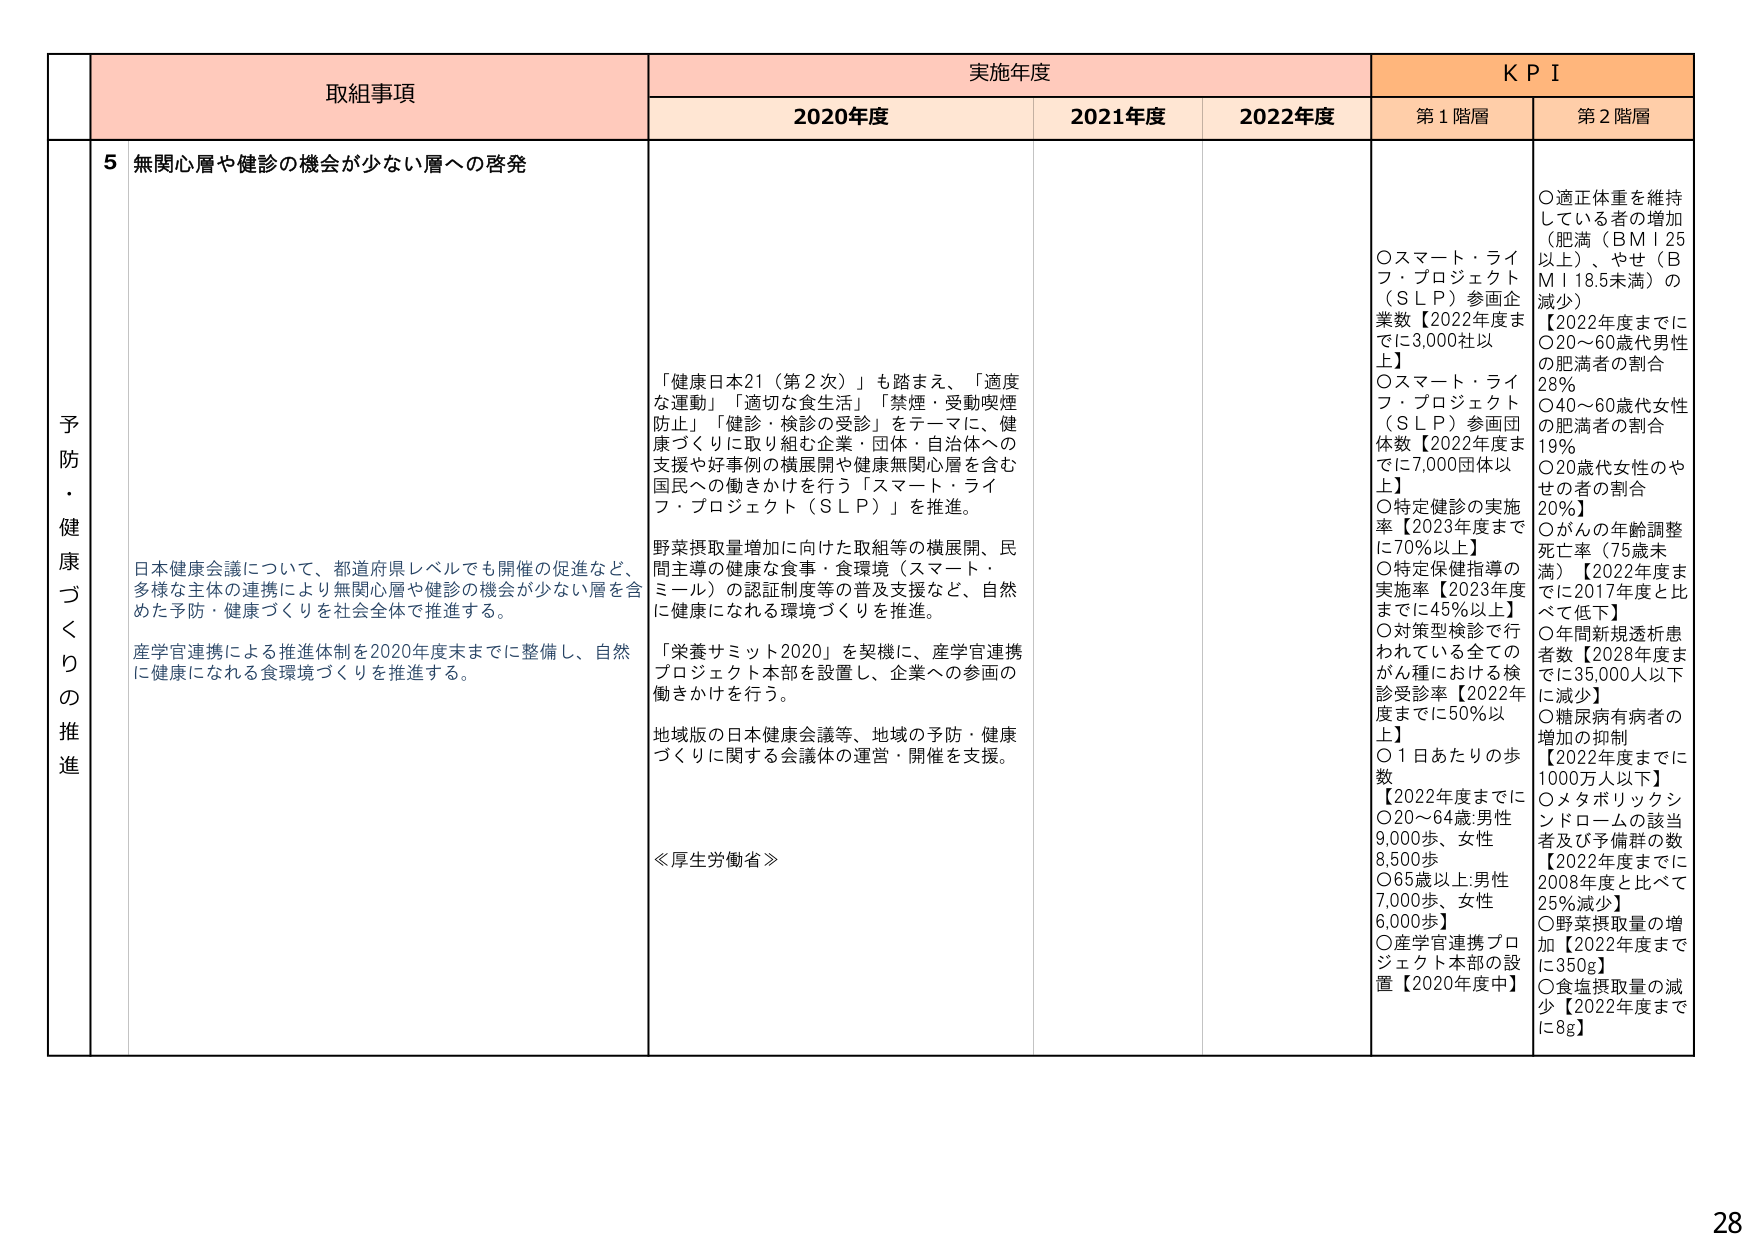
予防・健康づくりの推進

取組事項
5 無関心層や健診の機会が少ない層への啓発

日本健康会議について、都道府県レベルでも開催の促進など、
多様な主体の連携により無関心層や健診の機会が少ない層を含
めた予防・健康づくりを社会全体で推進する。

産学官連携による推進体制を2020年度末までに整備し、自然
に健康になれる食環境づくりを推進する。

「健康日本21（第2次）」も踏まえ、「適度
な運動」「適切な食生活」「禁煙・受動喫煙
防止」「健診・検診の受診」をテーマに、健
康づくりに取り組む企業・団体・自治体への
支援や好事例の横展開や健康無関心層を含む
国民への働きかけを行う「スマート・ライ
フ・プロジェクト（ＳＬＰ）」を推進。

野菜摂取量増加に向けた取組等の横展開、民
間主導の健康な食事・食環境（スマート・
ミール）の認証制度等の普及支援など、自然
に健康になれる環境づくりを推進。

「栄養サミット2020」を契機に、産学官連携
プロジェクト本部を設置し、企業への参画の
働きかけを行う。

地域版の日本健康会議等、地域の予防・健康
づくりに関する会議体の運営・開催を支援。

≪厚生労働省≫

実施年度
2020年度
2021年度
2022年度

ＫＰＩ
第1階層
〇スマート・ライフ・プロジェクト（ＳＬＰ）参画企業数【2022年度までに3,000社以上】
〇スマート・ライフ・プロジェクト（ＳＬＰ）参画団体数【2022年度までに7,000団体以上】
〇特定健診の実施率【2023年度までに70％以上】
〇特定保健指導の実施率【2023年度までに45％以上】
〇対策型検診で行われている全てのがん種における検診受診率【2022年度までに50％以上】
〇1日あたりの歩数【2022年度までに〇20～64歳:男性9,000歩、女性8,500歩〇65歳以上:男性7,000歩、女性6,000歩】
〇産学官連携プロジェクト本部の設置【2020年度中】

第2階層
〇適正体重を維持している者の増加（肥満（ＢＭＩ25以上）、やせ（ＢＭＩ18.5未満）の減少）
【2022年度までに〇20～60歳代男性の肥満者の割合28％〇40～60歳代女性の肥満者の割合19％〇20歳代女性のやせの者の割合20％】
〇がんの年齢調整死亡率（75歳未満）【2022年度までに2017年度と比べて低下】
〇年間新規透析患者数【2028年度までに35,000人以下に減少】
〇糖尿病有病者の増加の抑制【2022年度までに1000万人以下】
〇メタボリックシンドロームの該当者及び予備群の数【2022年度までに2008年度と比べて25％減少】
〇野菜摂取量の増加【2022年度までに350ｇ】
〇食塩摂取量の減少【2022年度までに8ｇ】

28